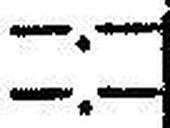
—.—